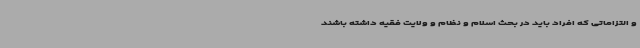
و التزاماتی که افراد باید در بحث اسلام و نظام و ولایت فقیه داشته باشند